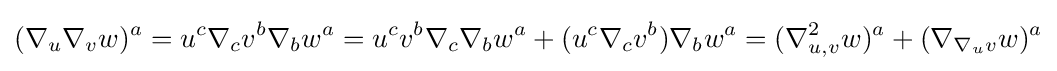
(\nabla _{u}\nabla _{v}w)^{a}=u^{c}\nabla _{c}v^{b}\nabla _{b}w^{a}=u^{c}v^{b}\nabla _{c}\nabla _{b}w^{a}+(u^{c}\nabla _{c}v^{b})\nabla _{b}w^{a}=(\nabla _{u,v}^{2}w)^{a}+(\nabla _{\nabla _{u}v}w)^{a}